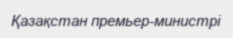
Қазақстан премьер-министрі